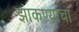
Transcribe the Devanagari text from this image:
झाकण्याचा